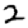
Digit: 2